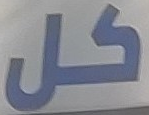
كل